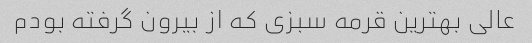
عالی بهترین قرمه سبزی که از بیرون گرفته بودم